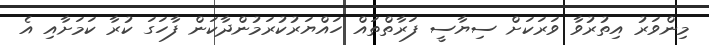
މިންވަރު އިތުރުވާ ވަރަކަށް ސިޔާސީ ފަރާތްތައް ހައްޔަރުކުރަމުންދާކަން ފާހަގަ ކުރާ ކަމަށާއި އެ